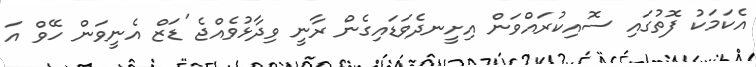
އެކަމަކު ފޮތުގައި ސޮއިކުރައްވަން އިށީނދެވަޑައިގެން ރާނީ ވިދާޅުވެއްޖެ 'ޑަޒް އެނީވަން ހޭވް އަ